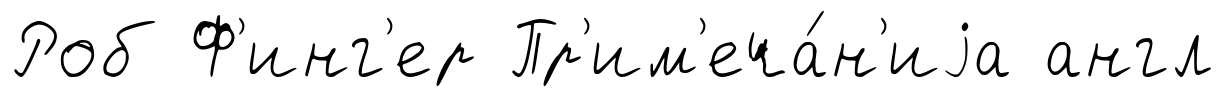
Роб Ф'инг'ер Пр'им'еча́н'иjа англ